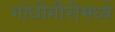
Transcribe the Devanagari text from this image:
गांधीगीरीमध्ये